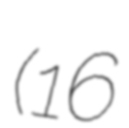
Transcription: (16